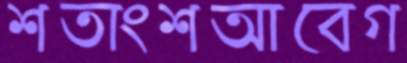
শতাংশআবেগ